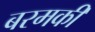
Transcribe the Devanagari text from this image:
बरमकी